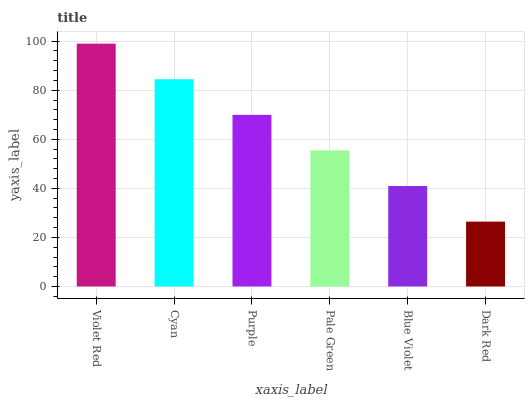
| xaxis_label | bars |
 | --- | --- |
 | Violet Red | 99 |
 | Cyan | 84.5 |
 | Purple | 70 |
 | Pale Green | 55.5 |
 | Blue Violet | 40.9 |
 | Dark Red | 26.4 |